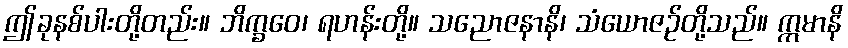
ဤခုနစ်ပါးတို့တည်း။ ဘိက္ခဝေ၊ ရဟန်းတို့။ သညောဇနာနိ၊ သံယောဇဉ်တို့သည်။ ဣမာနိ